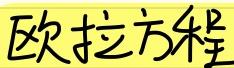
欧拉方程